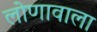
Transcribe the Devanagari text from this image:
लोणावाला